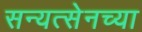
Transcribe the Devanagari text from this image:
सन्यत्सेनच्या